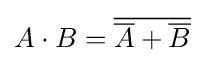
A\cdot B={\overline {{\overline {A}}+{\overline {B}}}}